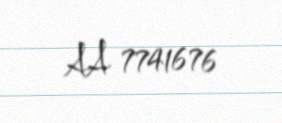
AA 7741676